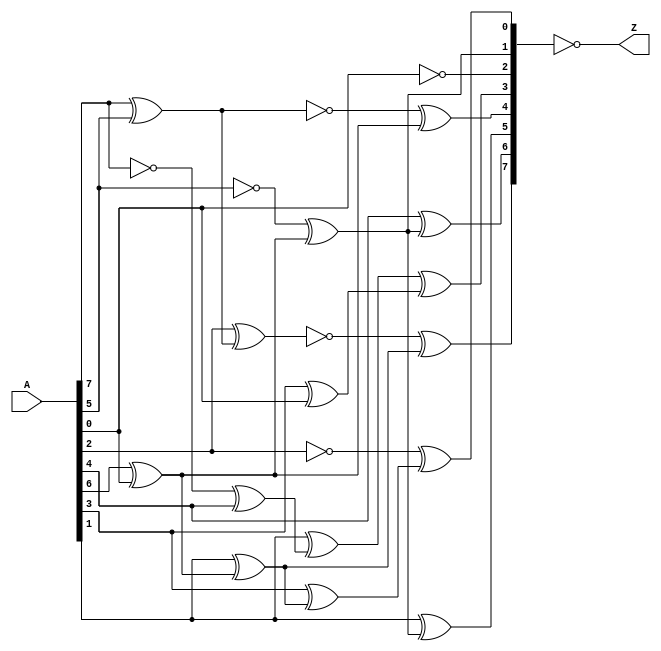
`timescale 1ns / 1ps
//////////////////////////////////////////////////////////////////////////////////
// Company: 
// Engineer: 
// 
// Design Name: 
// Module Name:    AffineInput_Unit 
// Project Name: 
// Target Devices: 
// Tool versions: 
// Description: 
//
// Dependencies: 
//
// Revision: 
// Revision 0.01 - File Created
// Additional Comments: 
//
//////////////////////////////////////////////////////////////////////////////////
module AffineInput_Unit(
	input	[07:00]		A,
	output	[07:00]		Z
    );
	
	// intermediate;
	wire				R1;
	wire				R2;
	wire				R3;
	wire				R4;
	wire				R5;
	wire				R6;
	wire				R7;
	wire				R8;
	wire				R9;
	
	wire	[07:00]		B;
	
	assign R1 =  A[7] ^ A[5];
	
	assign R2 = ~A[7] ^ A[4];
	assign R3 =  A[6] ^ A[0];
	assign R4 = ~A[5] ^ R3;
	assign R5 =  A[4] ^ R4;
	assign R6 =  A[3] ^ A[0];
	assign R7 =  A[2] ^ R1;
	assign R8 =  A[1] ^ R3;
	assign R9 =  A[3] ^ R8;
	
	assign B[7] = ~R7 ^ R8;
	assign B[6] =  R5;
	assign B[5] =  A[1] ^ R4;
	assign B[4] = ~R1 ^ R3;
	assign B[3] =  A[1] ^ R2 ^ R6;
	assign B[2] = ~A[0];
	assign B[1] =  R4;
	assign B[0] = ~A[2] ^ R9;
	
	assign Z = ~B;
	
endmodule